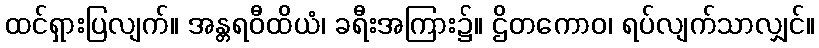
ထင်ရှားပြလျက်။ အန္တရဝီထိယံ၊ ခရီးအကြား၌။ ဌိတကောဝ၊ ရပ်လျက်သာလျှင်။